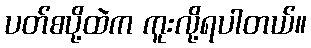
ပတ်စပို့ထဲက ကူးလို့ရပါတယ်။